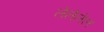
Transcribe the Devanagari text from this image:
लेलेलेल